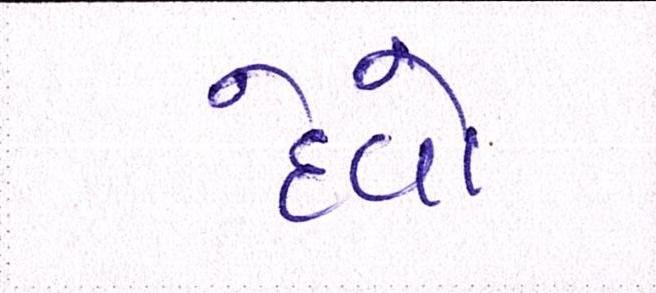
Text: દેવો